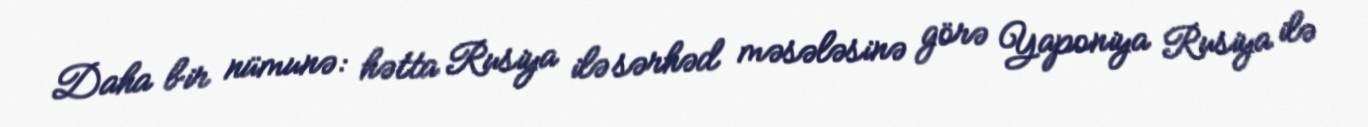
Daha bir nümunə: hətta Rusiya ilə sərhəd məsələsinə görə Yaponiya Rusiya ilə